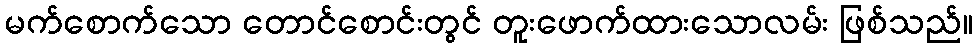
မက်စောက်သော တောင်စောင်းတွင် တူးဖောက်ထားသောလမ်း ဖြစ်သည်။